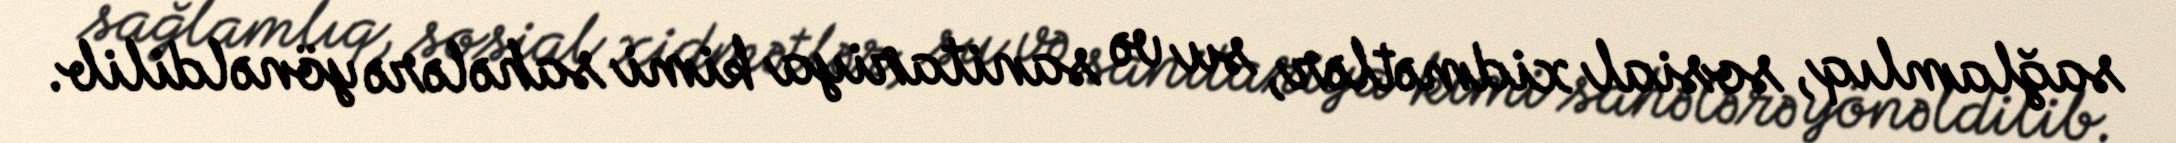
sağlamlıq, sosial xidmətlər, su və sanitariya kimi sahələrə yönəldilib.